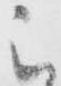
被